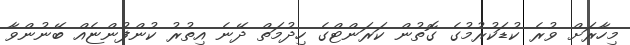
މިހާރަށް ވުރެ ކުޑަކުރުމުގެ ގޮތުން ކަރަންޓްގެ ހިދުމަތް ދޭނެ އިތުރު ކުންފުންޏެއް ބޭނުންވާ